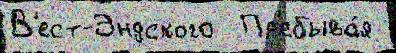
В'ест-Эндского  Пр'ебыва́я